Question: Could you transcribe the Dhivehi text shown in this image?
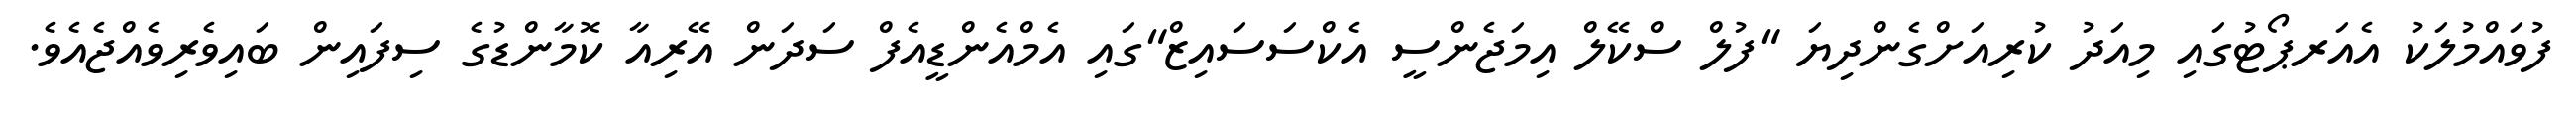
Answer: ފުވައްމުލަކު އެއަރޕޯޓުގައި މިއަދު ކުރިއަށްގެންދިޔަ "ފުލް ސްކޭލް އިމަޖެންސީ އެކްސަސައިޒް"ގައި އެމްއެންޑީއެފް ސަދަން އޭރިއާ ކޮމާންޑުގެ ސިފައިން ބައިވެރިވެއްޖެއެވެ.